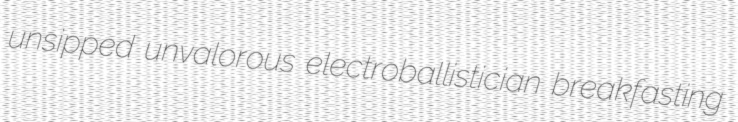
unsipped unvalorous electroballistician breakfasting